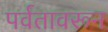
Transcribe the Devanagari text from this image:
पर्वतावरून